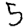
Digit: 5